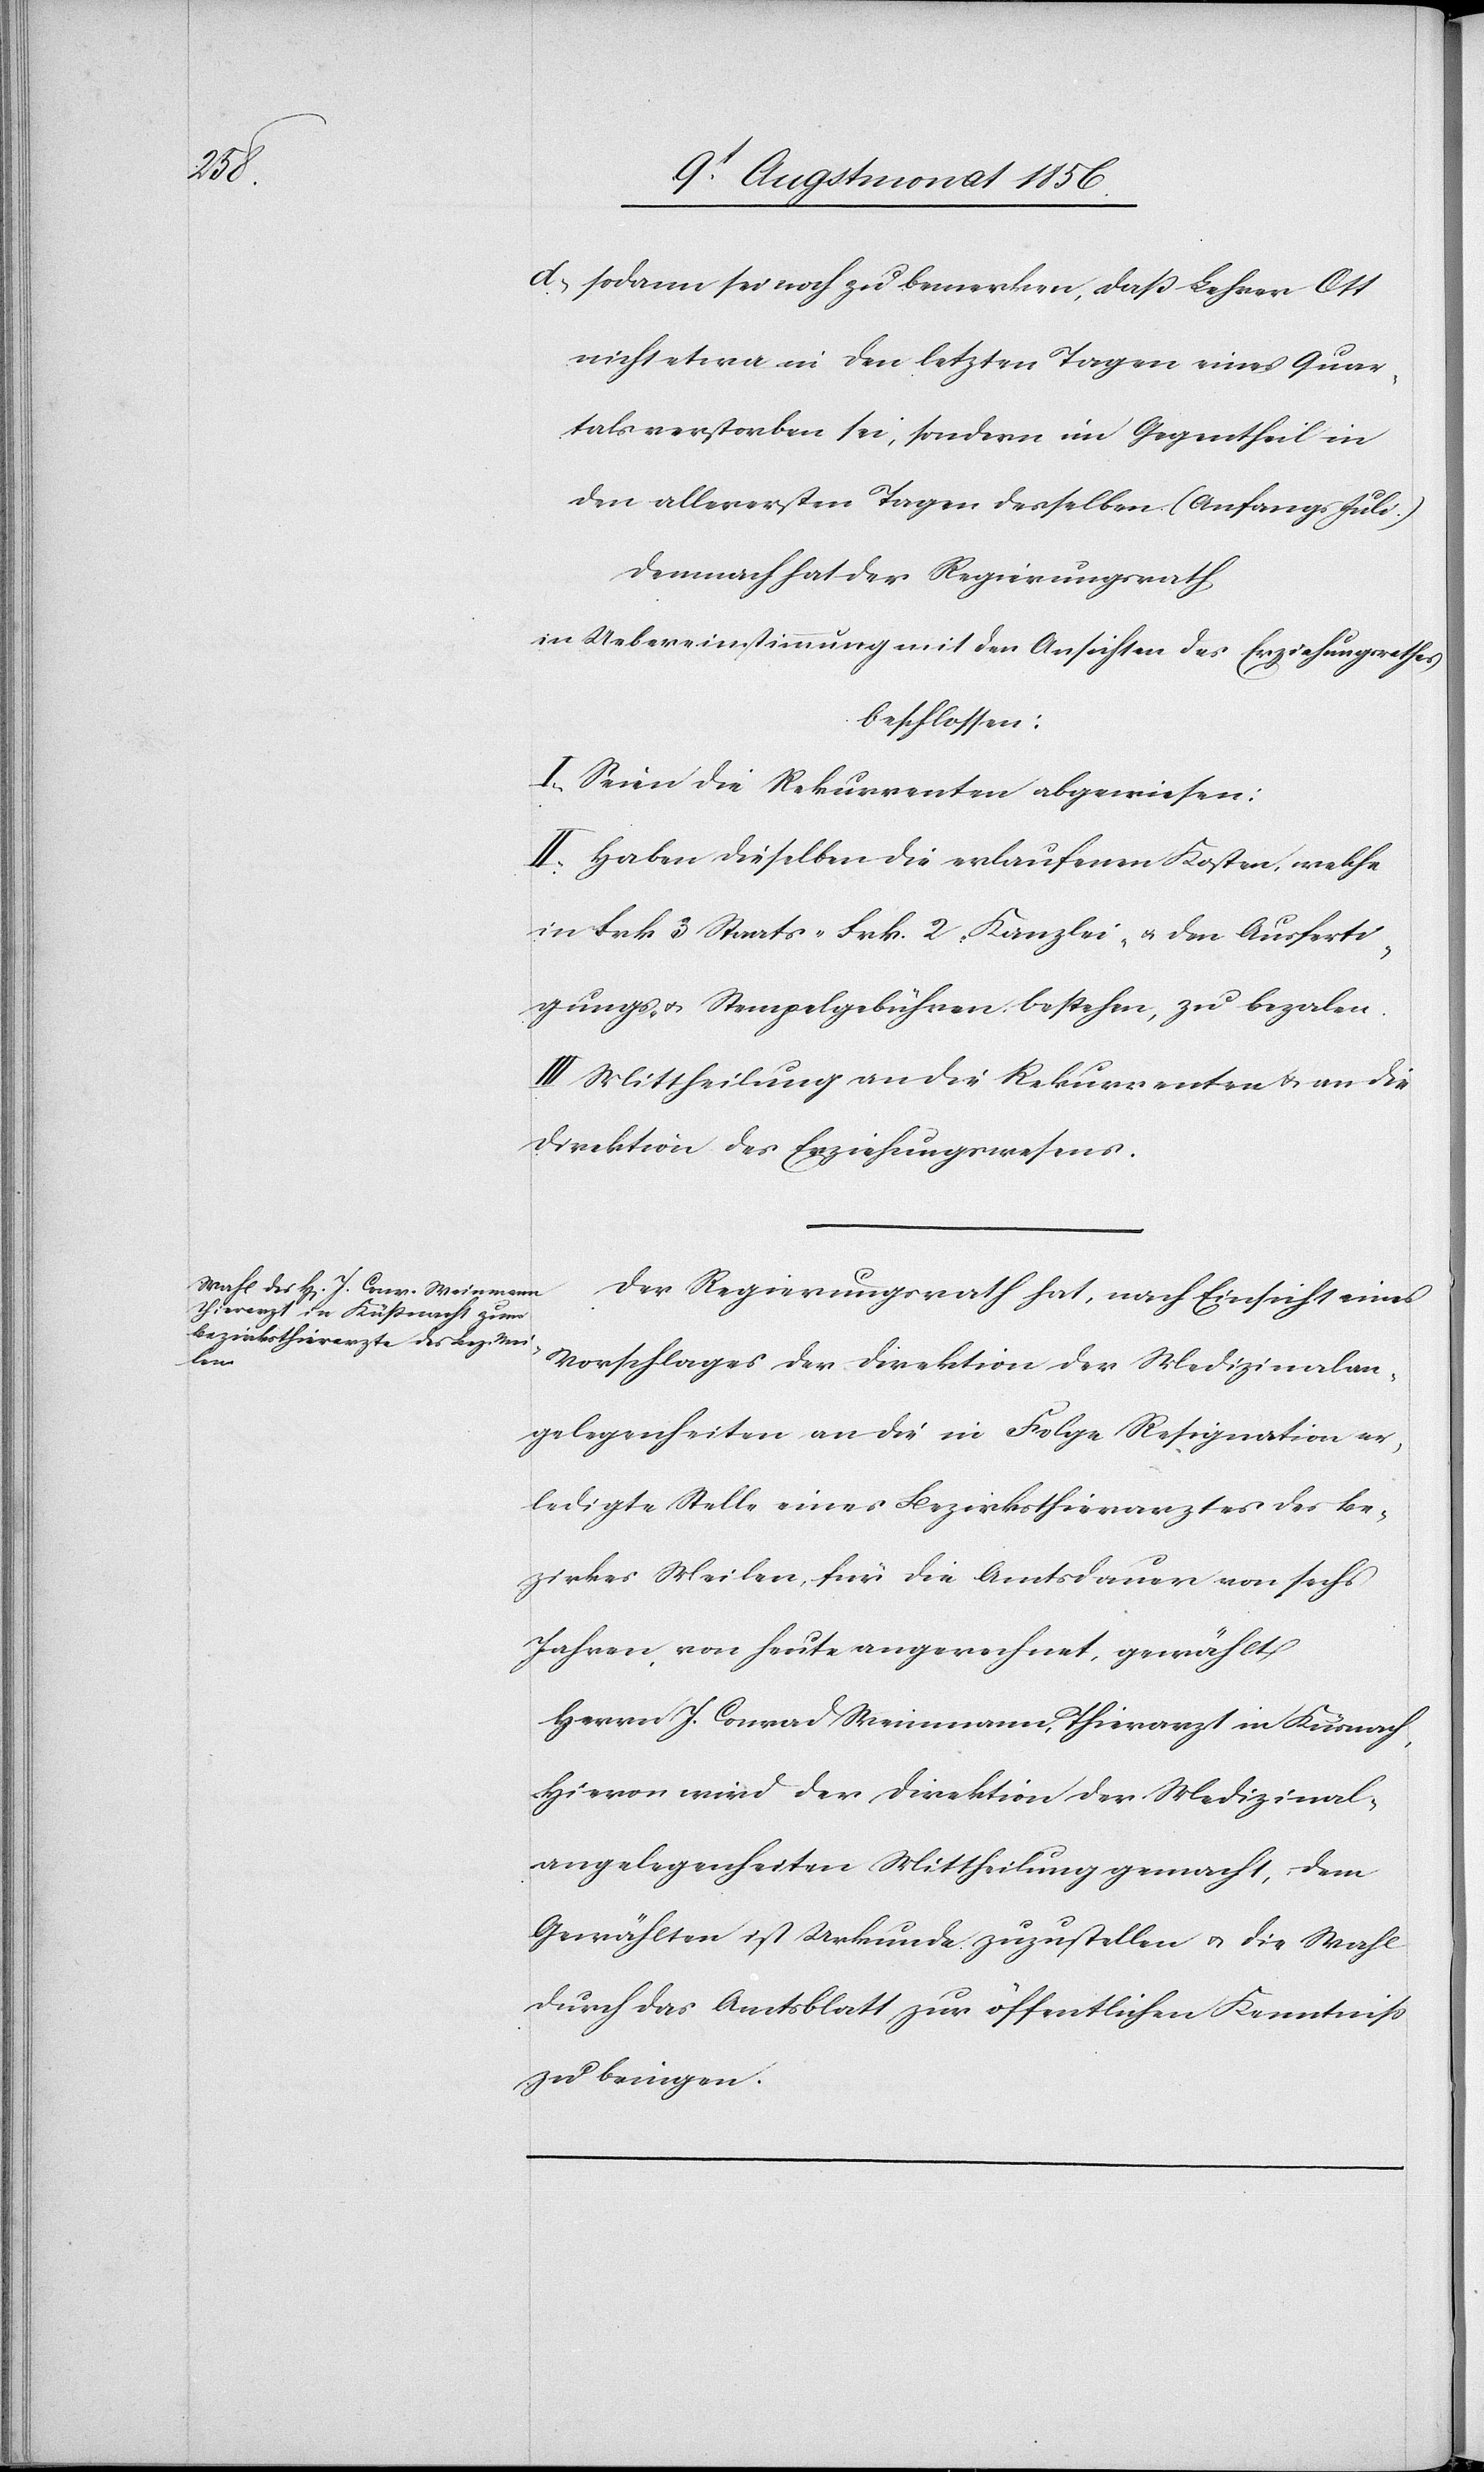
d.) sodann sei noch zu bemerken, dass Lehrer Ott
nicht etwa in den letzten Tagen eines Quar¬
tals verstorben sei, sondern im Gegentheil in
den allerersten Tagen desselben. (Anfangs Juli.)
Demnach hat der Regierungsrath,
in Uebereinstimmung mit den Ansichten des Erziehungsrathes
beschlossen:
I. Seien die Rekurrenten abgewiesen:
II. Haben dieselben die erlaufenen Kosten, welche
in Frk 3 Staats-[,] Frk. 2 Kanzlei- u. den Ausferti¬
gungs- u. Stempelgebühren bestehen, zu bezalen.
III. Mittheilung an die Rekurrenten u. an die
Direktion des Erziehungswesens.
Der Regierungsrath hat, nach Einsicht eines
Vorschlages der Direktion der Medizinalan¬
gelegenheiten an die in Folge Resignation er¬
ledigte Stelle eines Bezirksthierarztes des Be¬
zirkes Meilen, für die Amtsdauer von sechs
Jahren, von heute angerechnet, gewählt
Herrn J. Conrad Weinmann, Thierarzt in Küsnach
Hievon wird der Direktion der Medizinal¬
angelegenheiten Mittheilung gemacht, dem
Gewählten ist Urkunde zuzustellen u. die Wahl
durch das Amtsblatt zur öffentlichen Kenntniss
zu bringen.